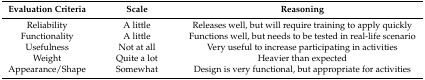
<table><thead><tr><td><b>Evaluation Criteria</b></td><td><b>Scale</b></td><td><b>Reasoning</b></td></tr></thead><tbody><tr><td>Reliability</td><td>A little</td><td>Releases well, but will require training to apply quickly</td></tr><tr><td>Functionality</td><td>A little</td><td>Functions well, but needs to be tested in real-life scenario</td></tr><tr><td>Usefulness</td><td>Not at all</td><td>Very useful to increase participating in activities</td></tr><tr><td>Weight</td><td>Quite a lot</td><td>Heavier than expected</td></tr><tr><td>Appearance/Shape</td><td>Somewhat</td><td>Design is very functional, but appropriate for activities</td></tr></tbody></table>